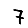
Digit: 7